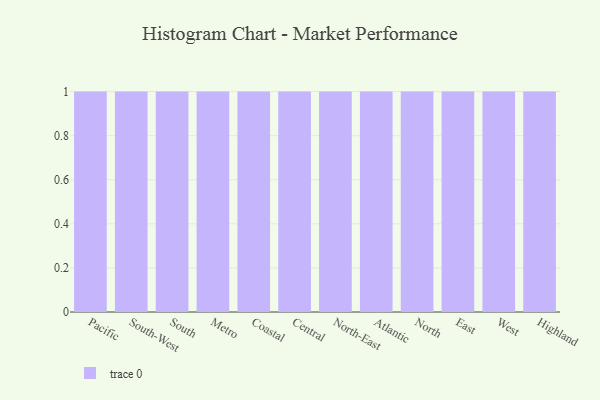
{"axis": {"x": "Region", "y": "Demand Index"}, "legend": [""], "data": [{"x": "Pacific", "y": 59, "type": ""}, {"x": "South-West", "y": 58, "type": ""}, {"x": "South", "y": 96, "type": ""}, {"x": "Metro", "y": 35, "type": ""}, {"x": "Coastal", "y": 6, "type": ""}, {"x": "Central", "y": 51, "type": ""}, {"x": "North-East", "y": 96, "type": ""}, {"x": "Atlantic", "y": 82, "type": ""}, {"x": "North", "y": 60, "type": ""}, {"x": "East", "y": 89, "type": ""}, {"x": "West", "y": 84, "type": ""}, {"x": "Highland", "y": 27, "type": ""}]}